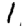
Digit: 1